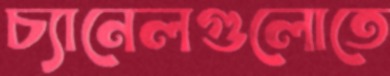
চ্যানেলগুলোতে